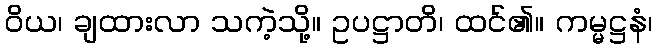
ဝိယ၊ ချထားလာ သကဲ့သို့။ ဥပဋ္ဌာတိ၊ ထင်၏။ ကမ္မဋ္ဌနံ၊